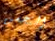
التحسن